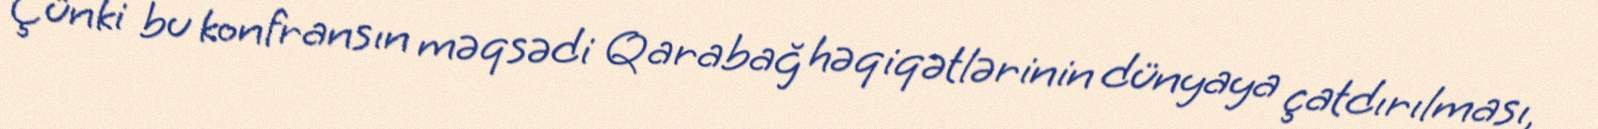
Çünki bu konfransın məqsədi Qarabağ həqiqətlərinin dünyaya çatdırılması,